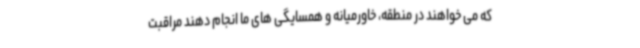
که می خواهند در منطقه، خاورمیانه و همسایگی های ما انجام دهند مراقبت